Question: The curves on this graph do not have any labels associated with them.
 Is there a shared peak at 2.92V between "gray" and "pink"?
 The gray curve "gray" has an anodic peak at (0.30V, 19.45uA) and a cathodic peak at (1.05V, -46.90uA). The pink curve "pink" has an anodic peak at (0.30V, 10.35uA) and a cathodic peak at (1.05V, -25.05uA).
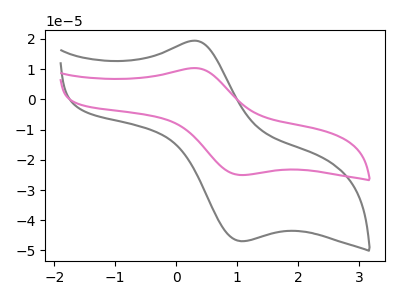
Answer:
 <answer>No, "gray" and "pink" dont share a peak at 2.92V.</answer>
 <eval>mismatch</eval>